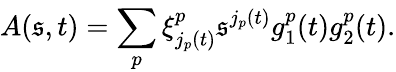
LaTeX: A(\mathfrak{s},t)=\sum_{p}^{}\xi_{j_{p}(t)}^{p}\mathfrak{s}_{}^{j_{p}(t)}g_{1}^{p}(t)g_{2}^{p}(t).